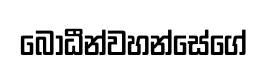
බෝධීන්වහන්සේගේ